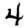
Digit: 4